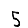
Digit: 5